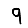
Digit: 9